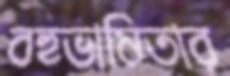
বহুভাষিতার